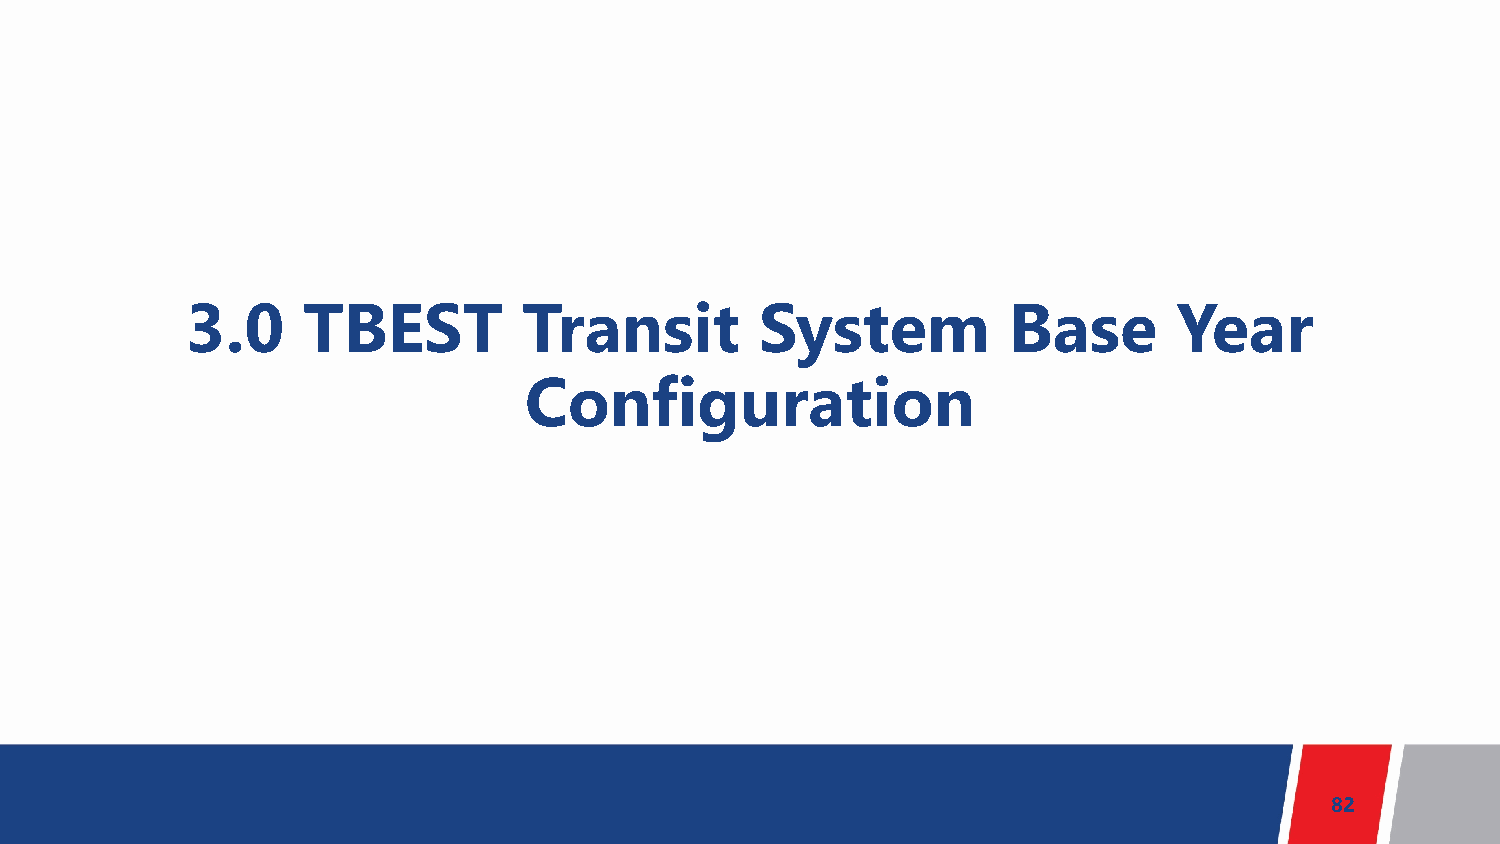
3.0     TBEST          Transit        System           Base       Year
 Configuration
 82